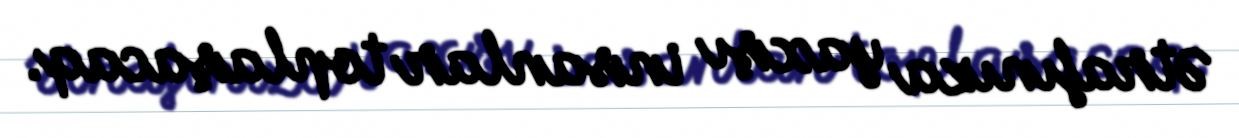
Ətrafınıza yaxşı insanlar toplaşacaq.